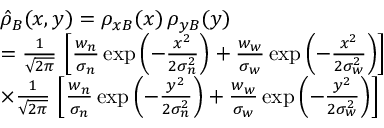
\begin{array} { r l } & { \hat { \rho } _ { B } ( x , y ) = \rho _ { x B } ( x ) \, \rho _ { y B } ( y ) } \\ & { = \frac { 1 } { \sqrt { 2 \pi } } \, \left[ \frac { w _ { n } } { \sigma _ { n } } \exp \left( - \frac { x ^ { 2 } } { 2 \sigma _ { n } ^ { 2 } } \right) + \frac { w _ { w } } { \sigma _ { w } } \exp \left( - \frac { x ^ { 2 } } { 2 \sigma _ { w } ^ { 2 } } \right) \right] } \\ & { \times \frac { 1 } { \sqrt { 2 \pi } } \, \left[ \frac { w _ { n } } { \sigma _ { n } } \exp \left( - \frac { y ^ { 2 } } { 2 \sigma _ { n } ^ { 2 } } \right) + \frac { w _ { w } } { \sigma _ { w } } \exp \left( - \frac { y ^ { 2 } } { 2 \sigma _ { w } ^ { 2 } } \right) \right] } \end{array}